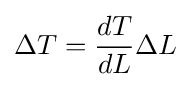
\Delta T={dT \over dL}\Delta L